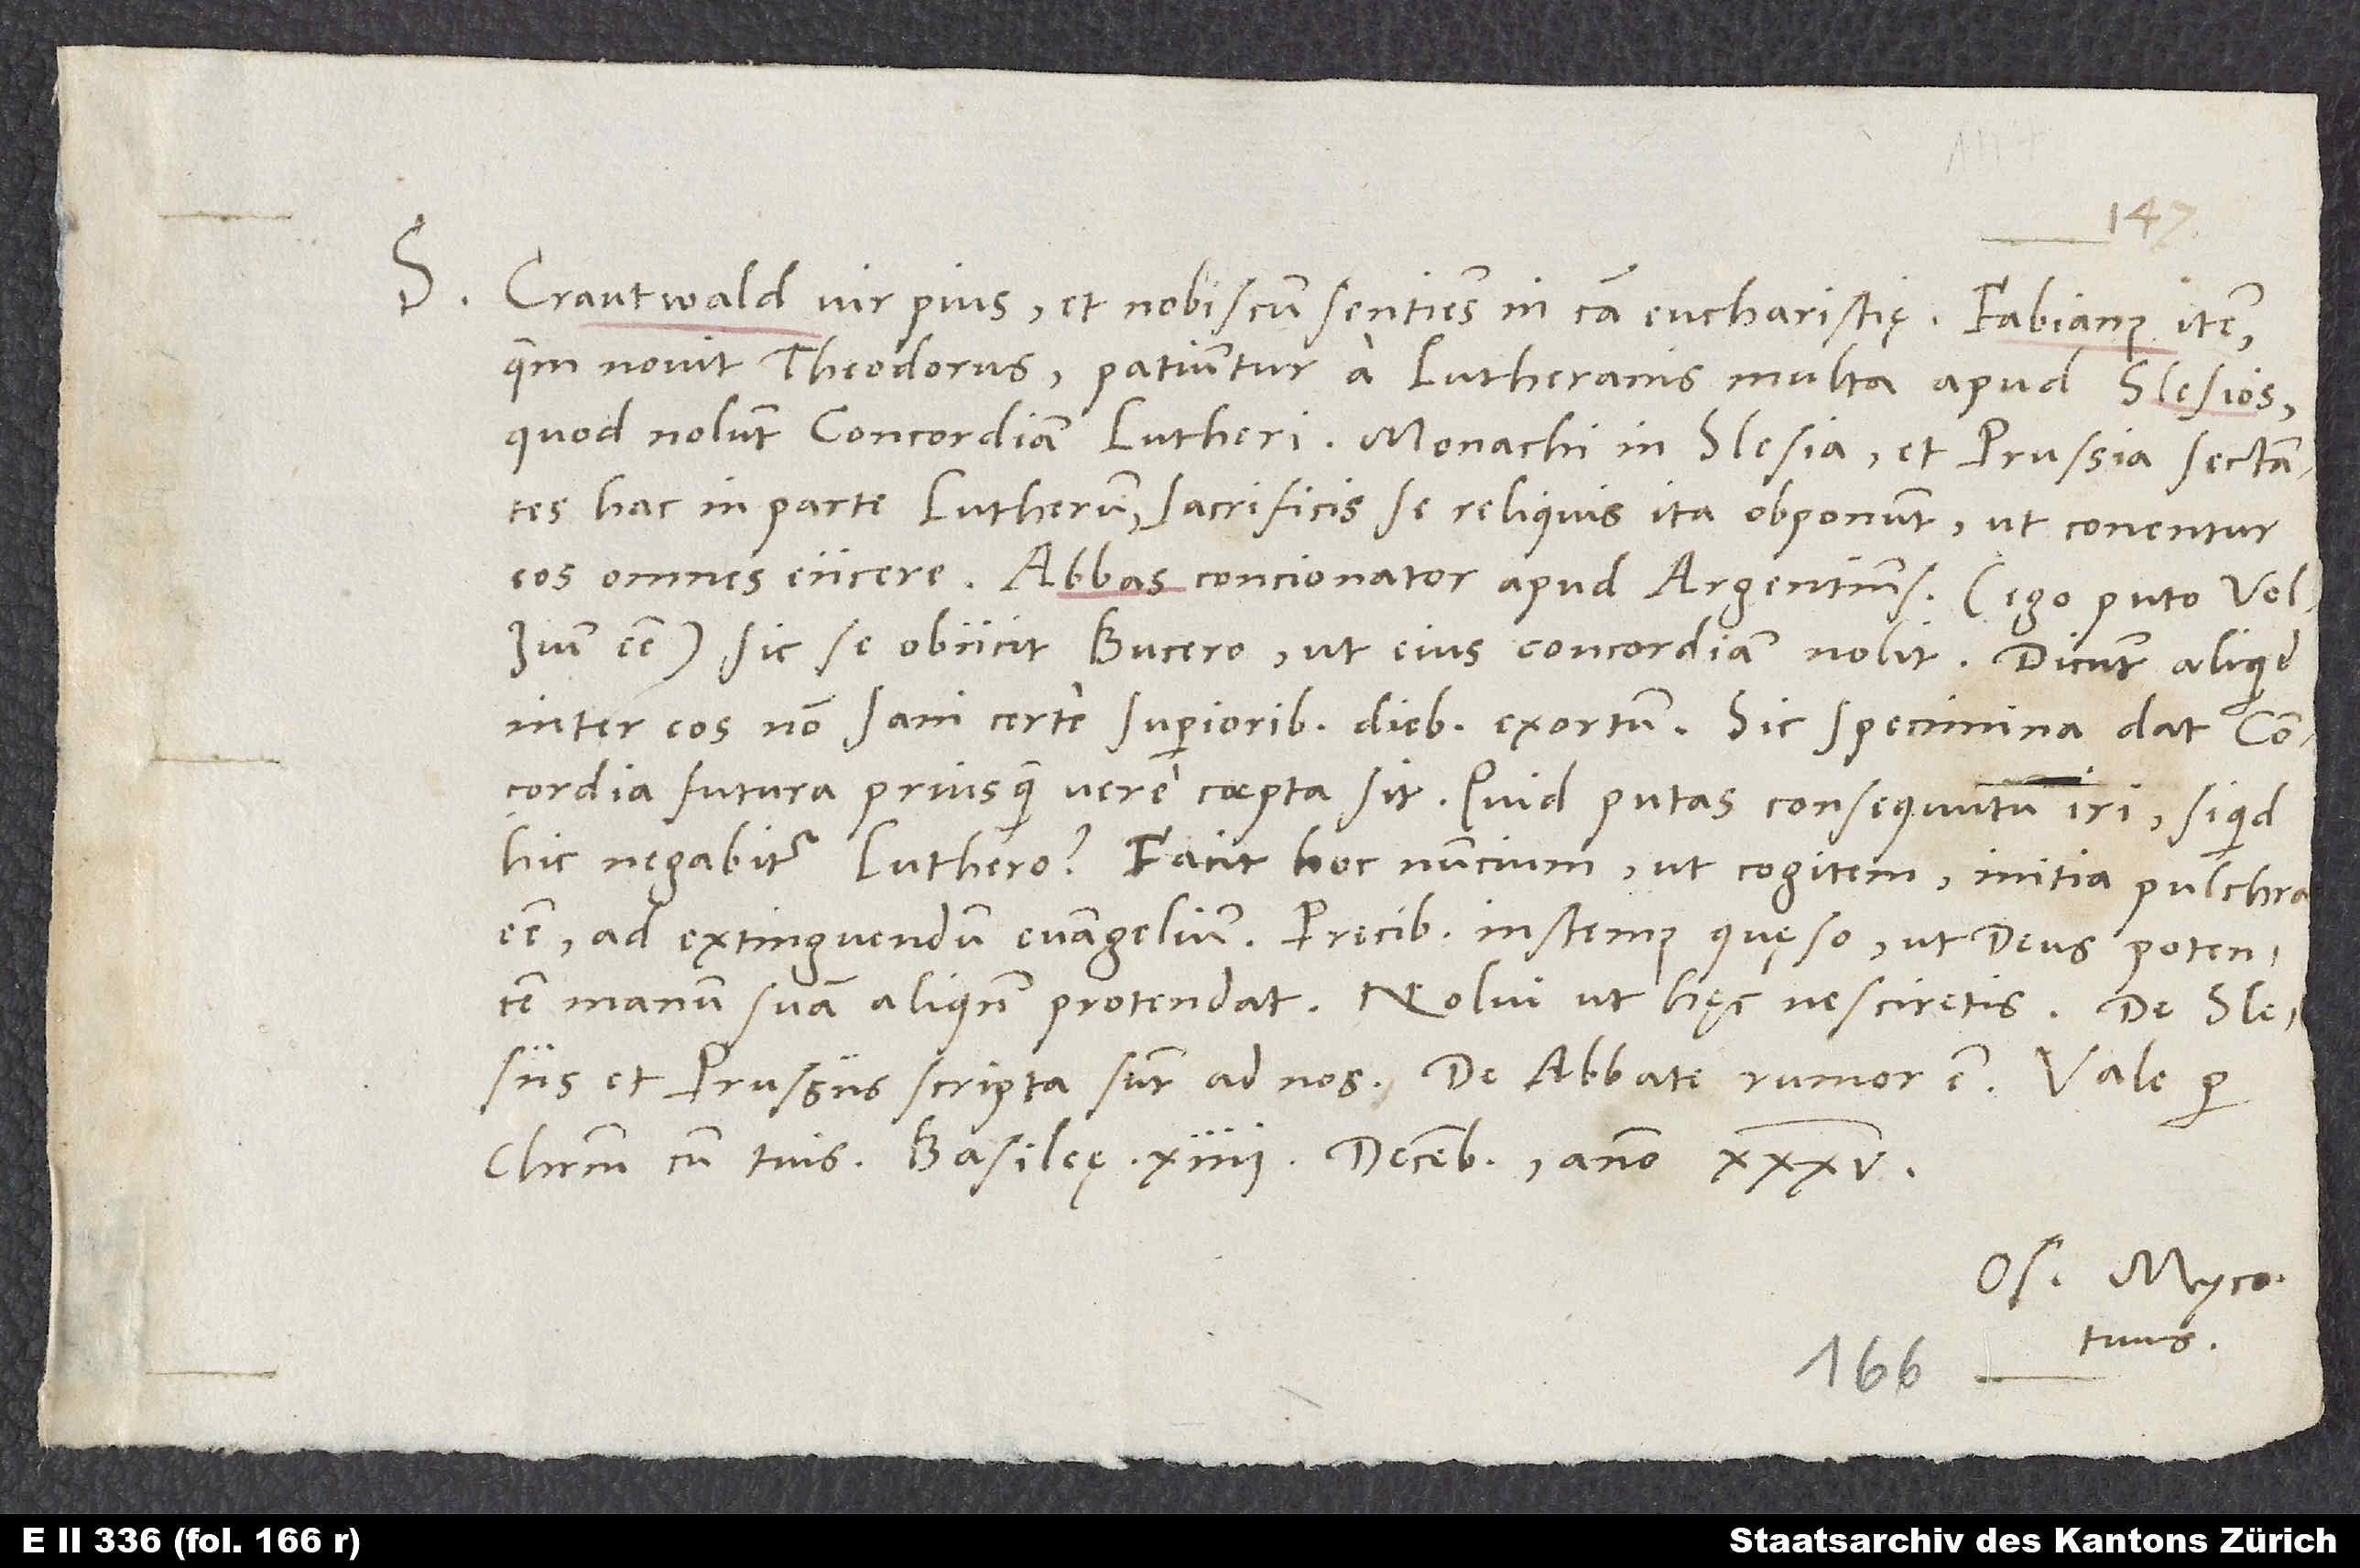
S.

14.
Crautwald, vir pius et nobiscum sentiens in causa eucharistiae, Fabianus item,
quem novit Theodorus, patiuntur a Lutheranis multa apud Slesios,
quod nolunt concordiam Lutheri. Monachi in Slesia et Prussia sectantes
hac in parte Lutherum sacrificis se reliquis ita obponunt, ut conentur
eos omnes eiicere. Abbas, concionator apud Argentinenses (ego puto Volzium
esse) sic se obiicit Bucero, ut eius concordiam nolit. Dicunt aliquid
inter eos non sani certe superioribus diebus exortum. Sic specimina dat concordia
futura, priusquam vere coepta sit. Quid putas consequutum iri, siquid
hic negabitur Luthero? Facit hoc nuncium, ut cogitem initia pulchra
esse ad extinguendum evangelium. Precibus instemus, quęso, ut deus potentem
manum suam aliquando protendat. Nolui, ut hęc nesciretis. De Slesiis
et Prussiis scripta sunt ad nos, de abbate rumor est.
Os. Myco.
tuus.